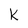
Character: k